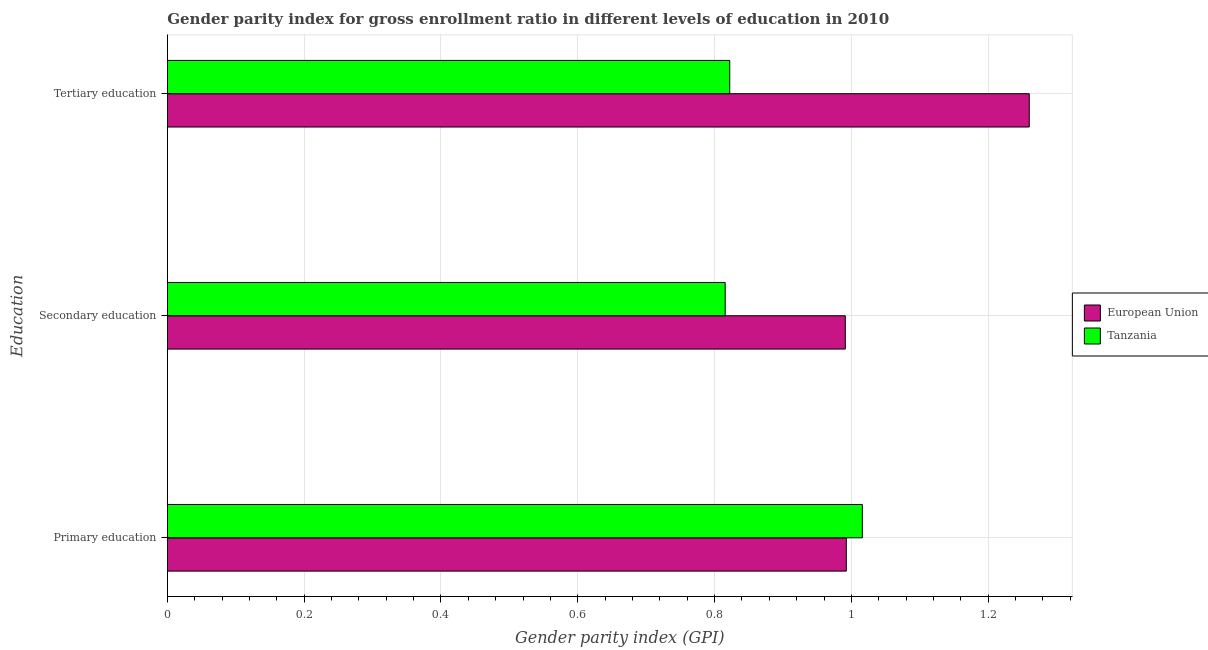
| Education | European Union | Tanzania |
 | --- | --- | --- |
 | Primary education | 0.993 | 1.02 |
 | Secondary education | 0.991 | 0.816 |
 | Tertiary education | 1.26 | 0.822 |